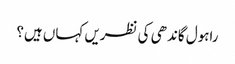
راہول گاندھی کی نظریں کہاں ہیں؟